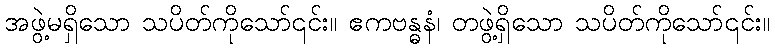
အဖွဲ့မရှိသော သပိတ်ကိုသော်၎င်း။ ဧကဗန္ဓနံ၊ တဖွဲ့ရှိသော သပိတ်ကိုသော်၎င်း။